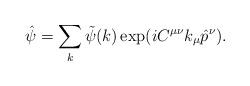
LaTeX: \begin{align*}\hat{\psi}=\sum _{k} \tilde{\psi}(k) \exp(i C^{\mu \nu} k_{\mu} \hat{p}^{\nu}).\end{align*}